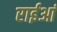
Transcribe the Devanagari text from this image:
राईआं